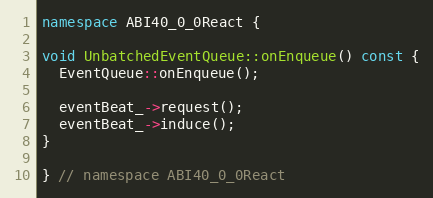
Language: C++
namespace ABI40_0_0React {

void UnbatchedEventQueue::onEnqueue() const {
  EventQueue::onEnqueue();

  eventBeat_->request();
  eventBeat_->induce();
}

} // namespace ABI40_0_0React